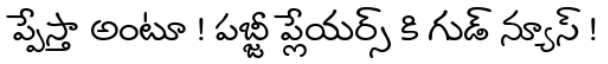
ప్పేస్తా అంటూ ! పబ్జీ ప్లేయర్స్ కి గుడ్ న్యూస్ !